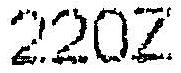
220Z